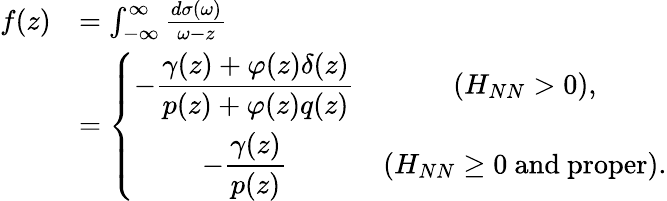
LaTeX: \begin{array}{rl}{f(z)}&{=\int_{-\infty}^{\infty}\frac{d\sigma(\omega)}{\omega-z}}\\ &{=\left\{ \begin{array}{cc}{\displaystyle-\frac{\gamma(z)+\varphi(z)\delta(z)}{p(z)+\varphi(z)q(z)}}&{(H_{NN}>0),}\\ {\displaystyle-\frac{\gamma(z)}{p(z)}}&{(H_{NN}\geq 0\ \mathrm{and}\ \mathrm{proper}).}\end{array}\right.}\end{array}